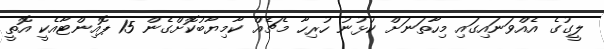
ލީގުގެ އެއްވަނައިގައި މިހާތަނަށް ކުޅުނު ހުރިހާ މެޗެއް ކާމިޔާބުކޮށްގެން 15 ޕޮއިންޓާއެކީ އޮތީ